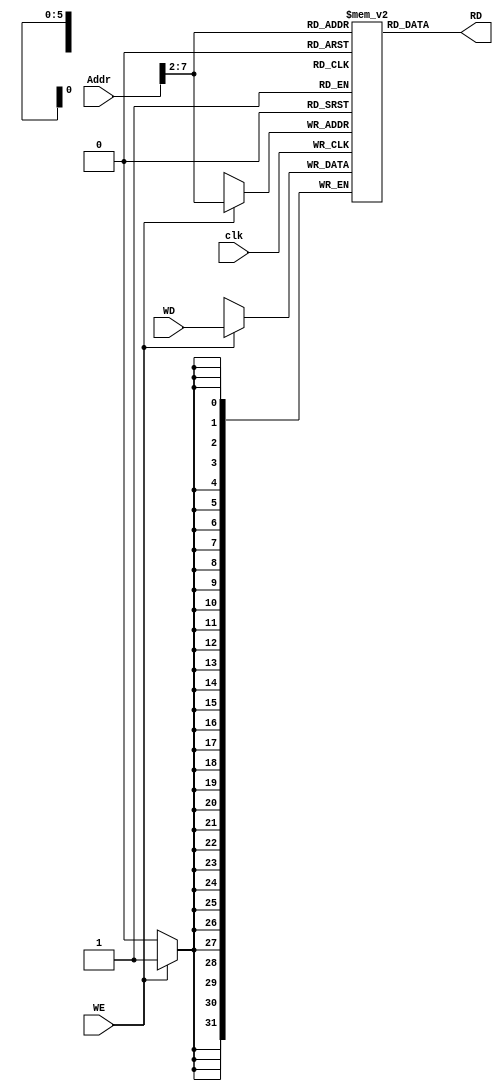
module Data_Memory 
(
input clk, WE,
input [31:0] Addr, WD,
output [31:0] RD
);

reg [31:0] data_mem [63:0];

always @ (posedge clk) begin

	if (WE) begin
		data_mem[Addr[31:2]] <= WD;	
	end

end

assign RD = data_mem[Addr[31:2]];

endmodule